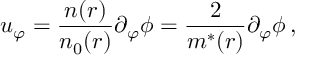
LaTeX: u _ { \varphi } = \frac { n ( r ) } { n _ { 0 } ( r ) } \partial _ { \varphi } \phi = \frac 2 { m ^ { * } ( r ) } \partial _ { \varphi } \phi \, ,